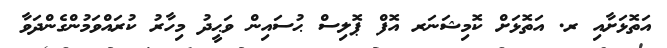
އަތޮޅަށާއި ރ. އަތޮޅަށް ކޮމިޝަނަރ އޮފް ޕޮލިސް ޙުސައިން ވަޙީދު މިހާރު ކުރައްވަމުންގެންދަވާ